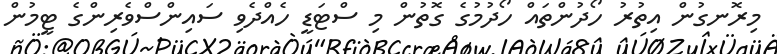
މިރޮނގުން އިތުރު ހޯދުންތައް ހޯދުމުގެ ގޮތުން މި ސްޓަޑީ ހެއްދެވި ސައިންސްވެރިންގެ ޓީމުން